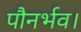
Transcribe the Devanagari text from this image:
पौनर्भव।